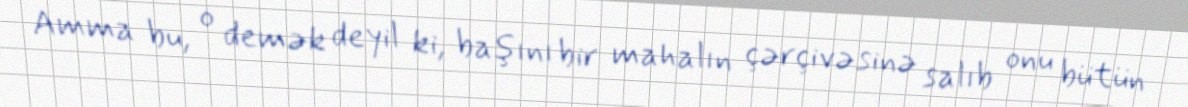
Amma bu, o demək deyil ki, başını bir mahalın çərçivəsinə salıb onu bütün